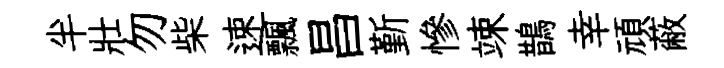
半壯勿柴速飄昌斳慘竦鵲幸頑蔽